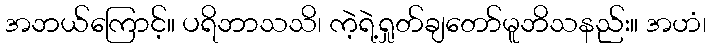
အဘယ်ကြောင့်။ ပရိဘာသသိ၊ ကဲ့ရဲ့ရှုတ်ချတော်မူဘိသနည်း။ အဟံ၊